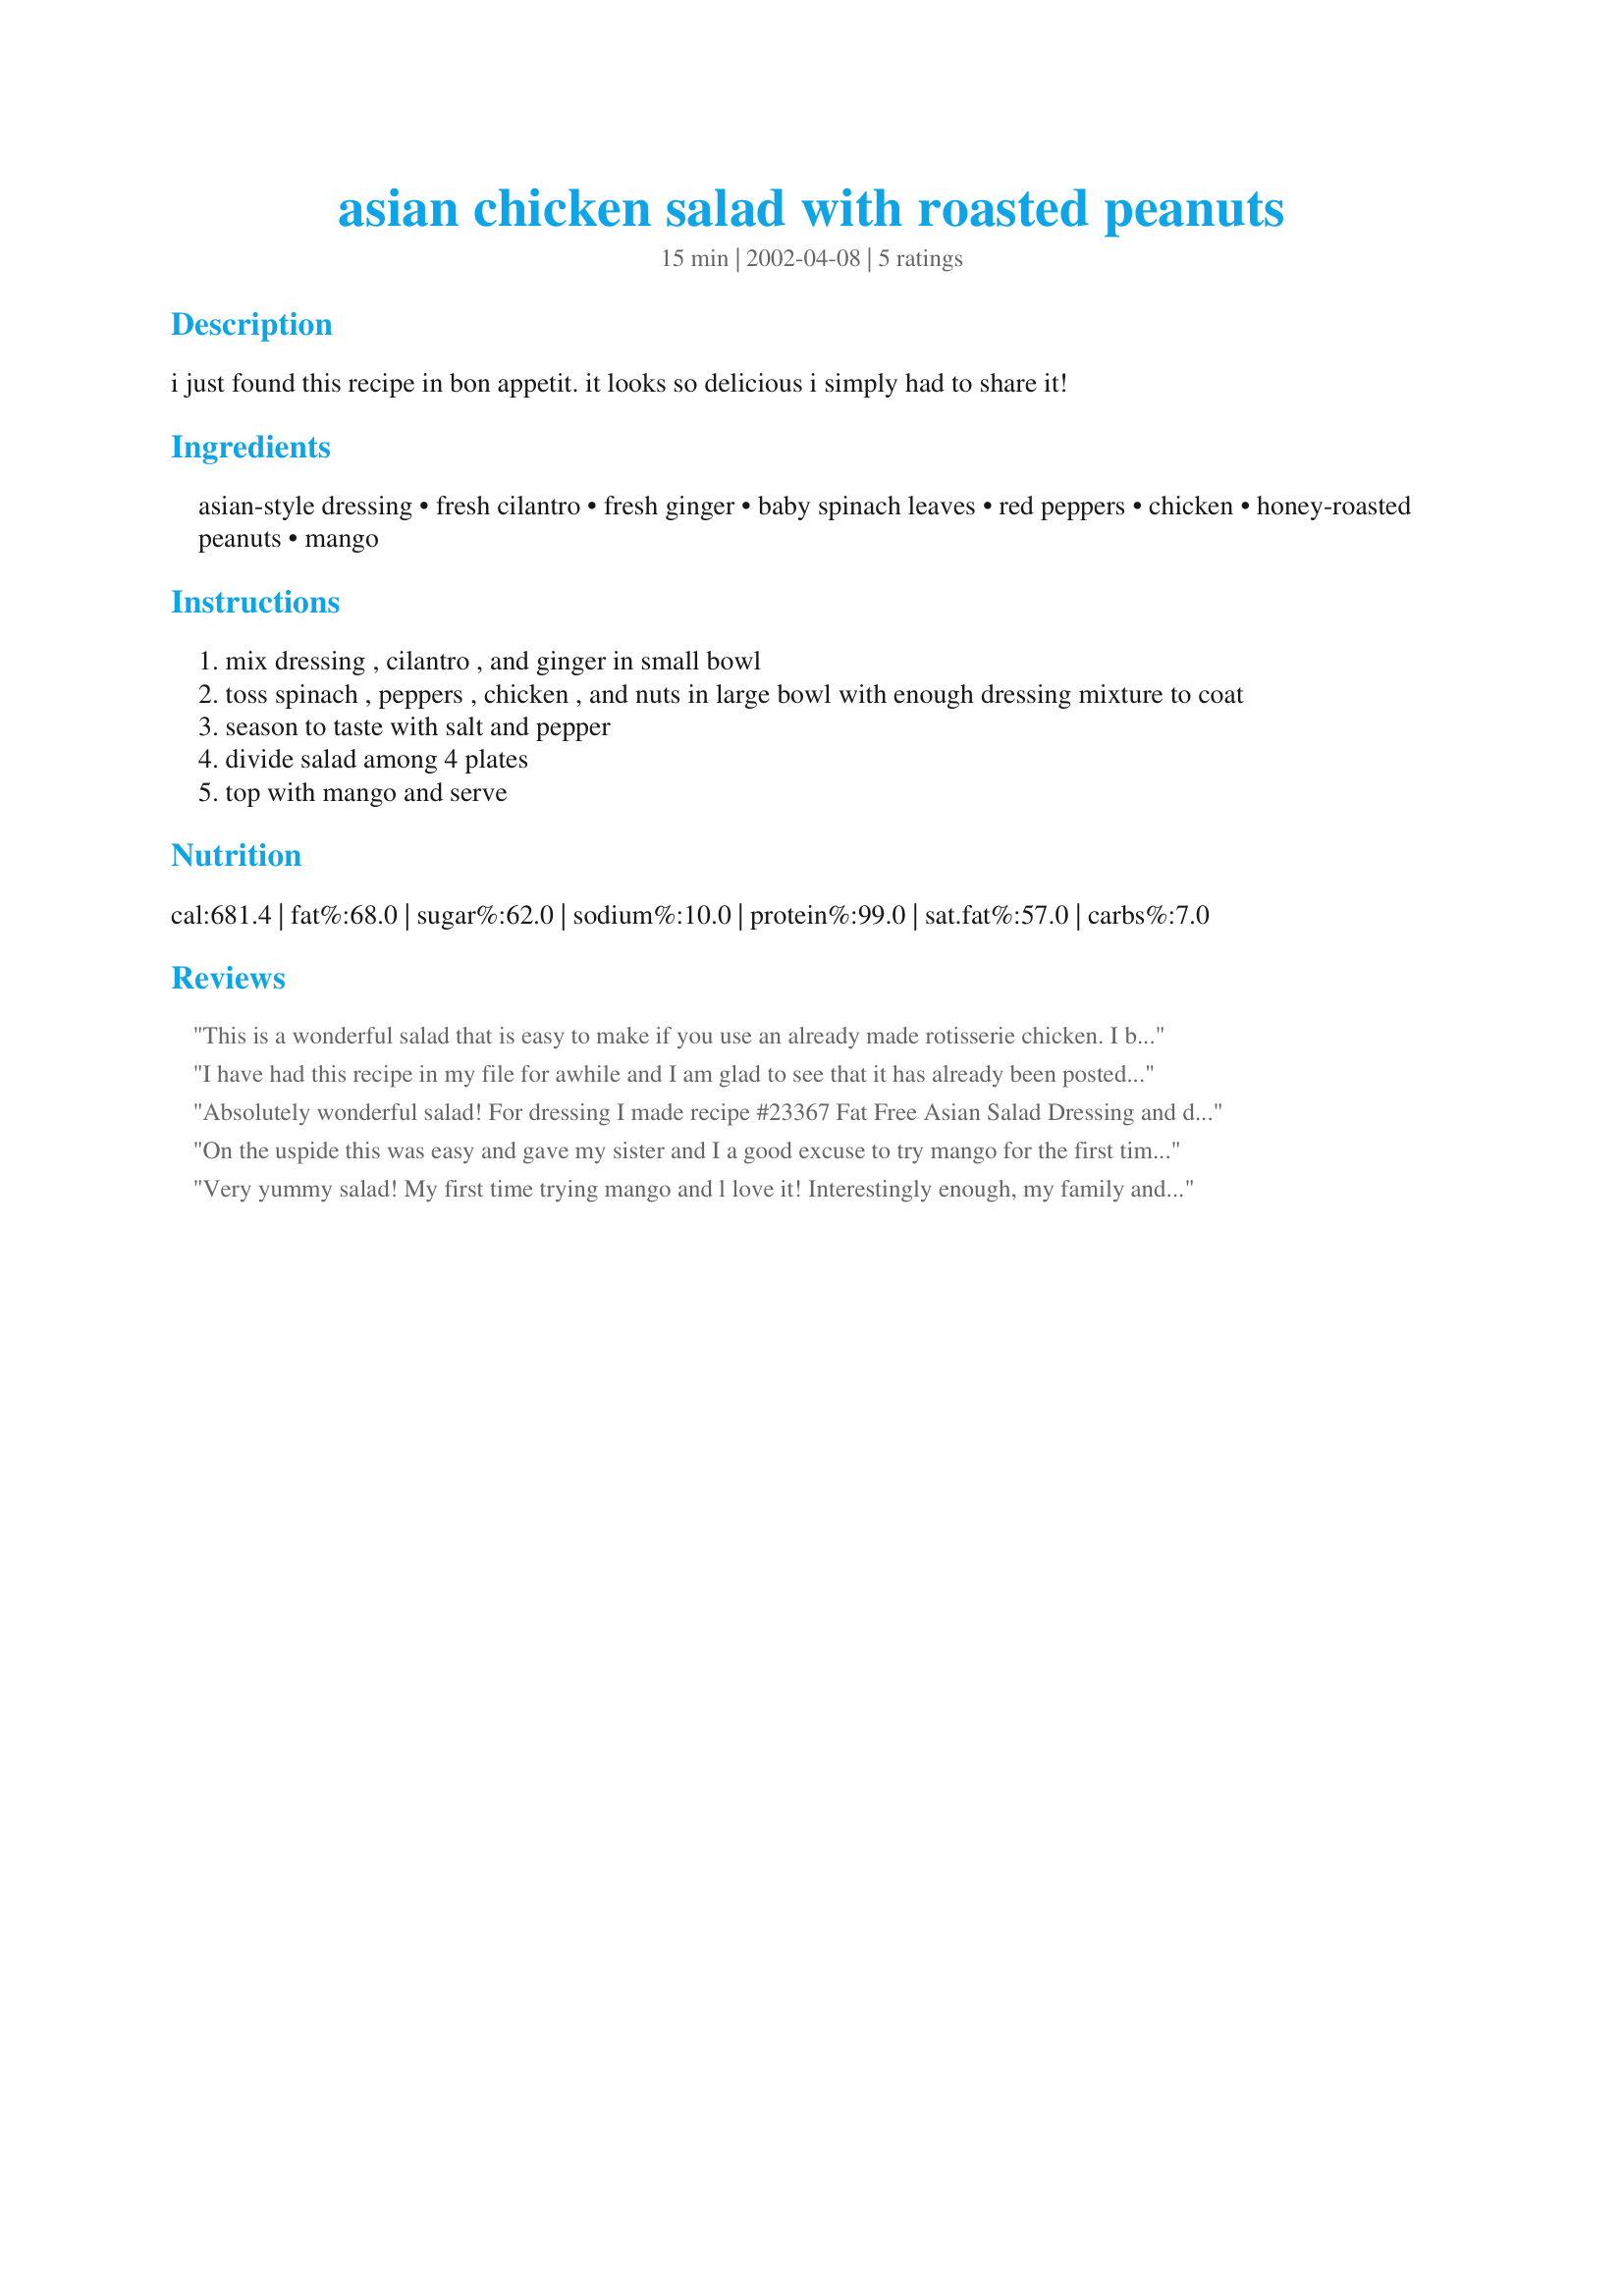
asian chicken salad with roasted peanuts
Preparation time: 15 minutes

i just found this recipe in bon appetit. it looks so delicious i simply had to share it!

Ingredients:
asian-style dressing, fresh cilantro, fresh ginger, baby spinach leaves, red peppers, chicken, honey-roasted peanuts, mango

Steps:
mix dressing , cilantro , and ginger in small bowl
toss spinach , peppers , chicken , and nuts in large bowl with enough dressing mixture to coat
season to taste with salt and pepper
divide salad among 4 plates
top with mango and serve

Reviews:
This is a wonderful salad that is easy to make if you use an already made rotisserie chicken. I bought one at the grocer while grabbing the other ingredients and put this one together really fast! I used an Asian dressing by "Walden Farms" called "Oriental Dressing" which is both fat and calorie free and it worked perfectly in this salad- I don't know if that is available to everyone, but it's worth looking for. I also used a salad mix called "Asian Greens" instead of baby spinach, but it contained mostly spinach anyway, and it was great! This salad does remind me quite a bit of the one that Wendy's serves called Mandarin Chicken Salad but this is much better. But I think this salad would also work well with mandarin oranges and chow mein noodles as substitutions in the salad in stead of mangoes and peanuts. Overall, this was a very healthy salad (I took the skin off my chicken and kept light on the nuts) and I know I will keep it as a part of my regular routine, when I need dinner in a hurry! Thanks for a great recipe, Bev!!!
I have had this recipe in my file for awhile and I am glad to see that it has already been posted. This is a great salad, great by itself for an evening summer dinner or luncheon. You really can be creative and add additional ingredients. I make my own Asian dressing, but really anything works.. Very good and easy to put together.
Absolutely wonderful salad! For dressing I made recipe #23367 Fat Free Asian Salad Dressing and doubled the recipe. It made almost 1 cup of dressing and I used it all. These too where really good together.
On the uspide this was easy and gave my sister and I a good excuse to try mango for the first time, but it met with mixed reviews in my house. I think the dressing makes a huge difference in how the salad turns out. I tried an Oriental Honey Orange dressing that turned out to be a too sweet and a little blah on its own so I didn't toss the salad in it, just left it to the side so people could have it if they wanted or try something else. It actually pulled everything together and worked in the salad (to everyone's surprise) but I think still could have been better. I used lemon rotisserie chicken as I thought it would go well with the dressing, but lil' sis thought the salad was missing something in general and suggested that perhaps teriyaki chicken would have perked it up a bit. Next time I would use more nuts or maybe add some chow mein noodles as another reviewer suggested. And it turns out sis really likes mango. I found them pretty good at first, but then kind of lost interest which is at least far more than I like most fruit. I might make it again with different dressing, but it was really just the good side of okay this time. Thanks anyway.
Very yummy salad! My first time trying mango and l love it! Interestingly enough, my family and I decided we&#039;d like it better next time without the cilantro as it we felt it was in competition with the other flavors. I might omit the ginger next time as well, since the dressing I used had ginger in it and we were getting a little ginger-blasted. I also down sized the chicken and dressing quite a bit as there are only three of us, from 3/4 cup to a little less than a 1/4 cup, and for the chicken I gave each plate 2 1/2 ounces. I know, I know, so many changes, but I had to review it anyway as it was still so good!
